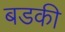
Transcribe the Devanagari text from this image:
बडकी